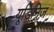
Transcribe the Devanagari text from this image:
यूडिनिज़